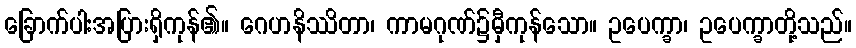
ခြောက်ပါးအပြားရှိကုန်၏။ ဂေဟနိဿိတာ၊ ကာမဂုဏ်၌မှီကုန်သော။ ဥပေက္ခာ၊ ဥပေက္ခာတို့သည်။